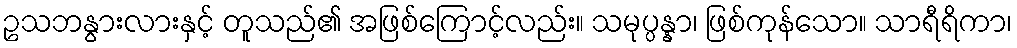
ဥသဘနွားလားနှင့် တူသည်၏ အဖြစ်ကြောင့်လည်း။ သမုပ္ပန္နာ၊ ဖြစ်ကုန်သော။ သာရီရိကာ၊